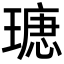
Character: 𤨫